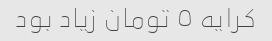
کرایه ٥ تومان زیاد بود